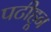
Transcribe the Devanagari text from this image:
पटीहून